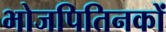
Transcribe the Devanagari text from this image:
भोजपितिनकों